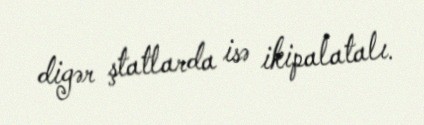
digər ştatlarda isə ikipalatalı.